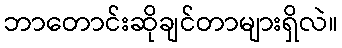
ဘာတောင်းဆိုချင်တာများရှိလဲ။